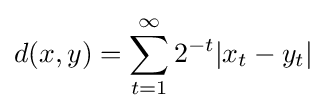
d(x,y)=\sum _{t=1}^{\infty }{2^{-t}|x_{t}-y_{t}|}